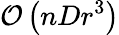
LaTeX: \mathcal{O}\left(nDr^{3}\right)